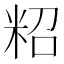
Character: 𥹙